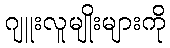
ဂျူးလူမျိုးများကို